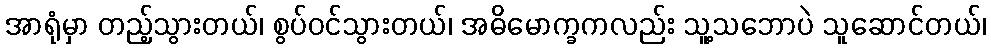
အာရုံမှာ တည့်သွားတယ်၊ စွပ်ဝင်သွားတယ်၊ အဓိမောက္ခကလည်း သူ့သဘောပဲ သူဆောင်တယ်၊